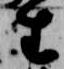
生